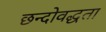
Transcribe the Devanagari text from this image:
छन्दोवद्धता